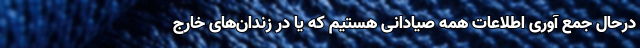
درحال جمع آوری اطلاعات همه صیادانی هستیم که یا در زندان‌های خارج